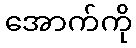
အောက်ကို